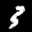
Label: 3